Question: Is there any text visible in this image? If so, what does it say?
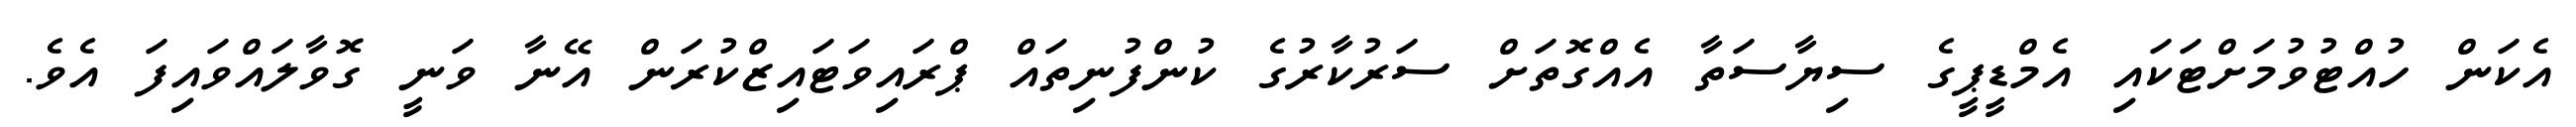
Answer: އެކަން ހުއްޓުވުމަށްޓަކައި އެމްޑީޕީގެ ސިޔާސަތާ އެއްގޮތަށް ސަރުކާރުގެ ކުންފުނިތައް ޕްރައިވަޓައިޒްކުރަން އޭނާ ވަނީ ގޮވާލައްވައިފަ އެވެ.